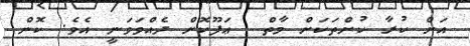
އަށް ކުރާ ކުށްތަކަށް މާތް  ޢަފޫކޮށް ދެއްވަވަނީ އެވެ. ކޮން